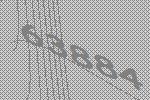
63884